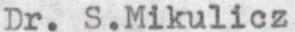
Dr. S.Mikulicz